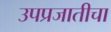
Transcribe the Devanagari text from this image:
उपप्रजातीचा